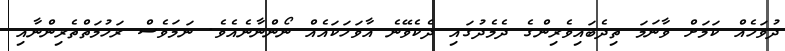
ދުވަހެއް ކަމަށް ވާނަމަ ތިދެބައިވެރިންގެ ދެމެދުގައި ދެކެވޭނެ އާވަހަކައެއް ނޯންނާނެއެވެ. ނަމަވެސް ރަހުމަތްތެރިންނާއި